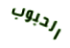
الحبوب